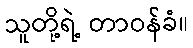
သူတို့ရဲ့ တာဝန်ခံ။